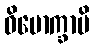
ဝိမောက္ခာပိ